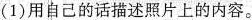
(1)用自己的话描述照片上的内容。